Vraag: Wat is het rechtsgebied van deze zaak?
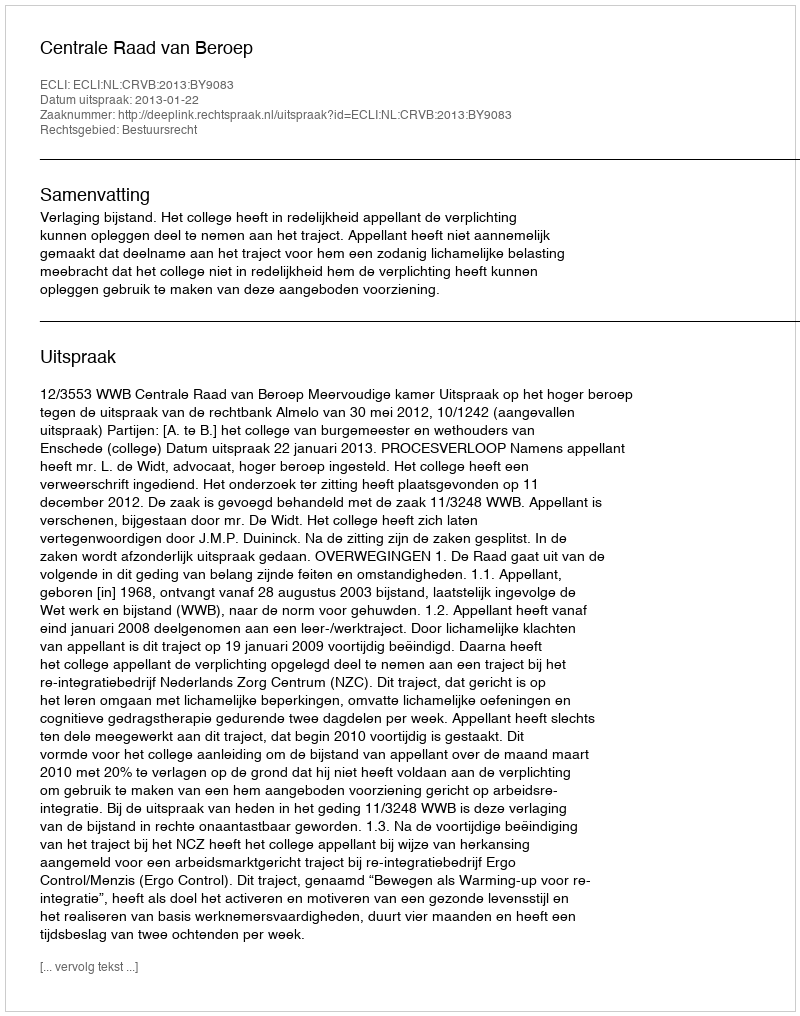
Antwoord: Bestuursrecht